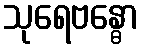
သုရေဗန္ဓော